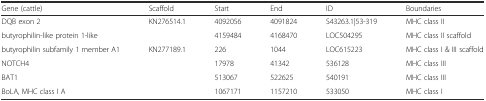
| Gene (cattle) | Scaffold | Start | End | ID | Boundaries |
 | --- | --- | --- | --- | --- | --- |
 | DQB exon 2 | <ROWSPAN=2> KN276514.1 | 4092056 | 4091824 | S43263.1|53-319 | MHC class II |
 | butyrophilin-like protein 1-like | 4159484 | 4168470 | LOC504295 | MHC class II scaffold |
 | butyrophilin subfamily 1 member A1 | <ROWSPAN=4> KN277189.1 | 226 | 1044 | LOC615223 | MHC class I & III scaffold |
 | NOTCH4 | 17978 | 41342 | 536128 | MHC class III |
 | BAT1 | 513067 | 522625 | 540191 | MHC class III |
 | BoLA, MHC class I A | 1067171 | 1157210 | 533050 | MHC class I |